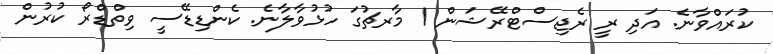
ކުރައްވާނެ. އަދި ރީ ރެޖިސްޓްރޭޝަން 1 މާރޗުގަ ހުޅުވާލާނެ. ކެންޑިޑޭސީ ވިތްޑްރޯ ކުރުން